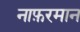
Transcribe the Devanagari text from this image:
नाफ़रमान